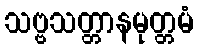
သဗ္ဗသတ္တာနမုတ္တမံ